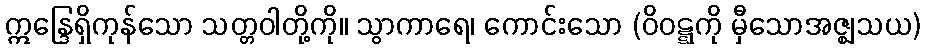
ဣန္ဒြေရှိကုန်သော သတ္တဝါတို့ကို။ သွာကာရေ၊ ကောင်းသော (ဝိဝဋ္ဋကို မှီသောအဇ္ဈသယ)